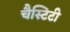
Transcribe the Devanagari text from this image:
चैस्टिटी